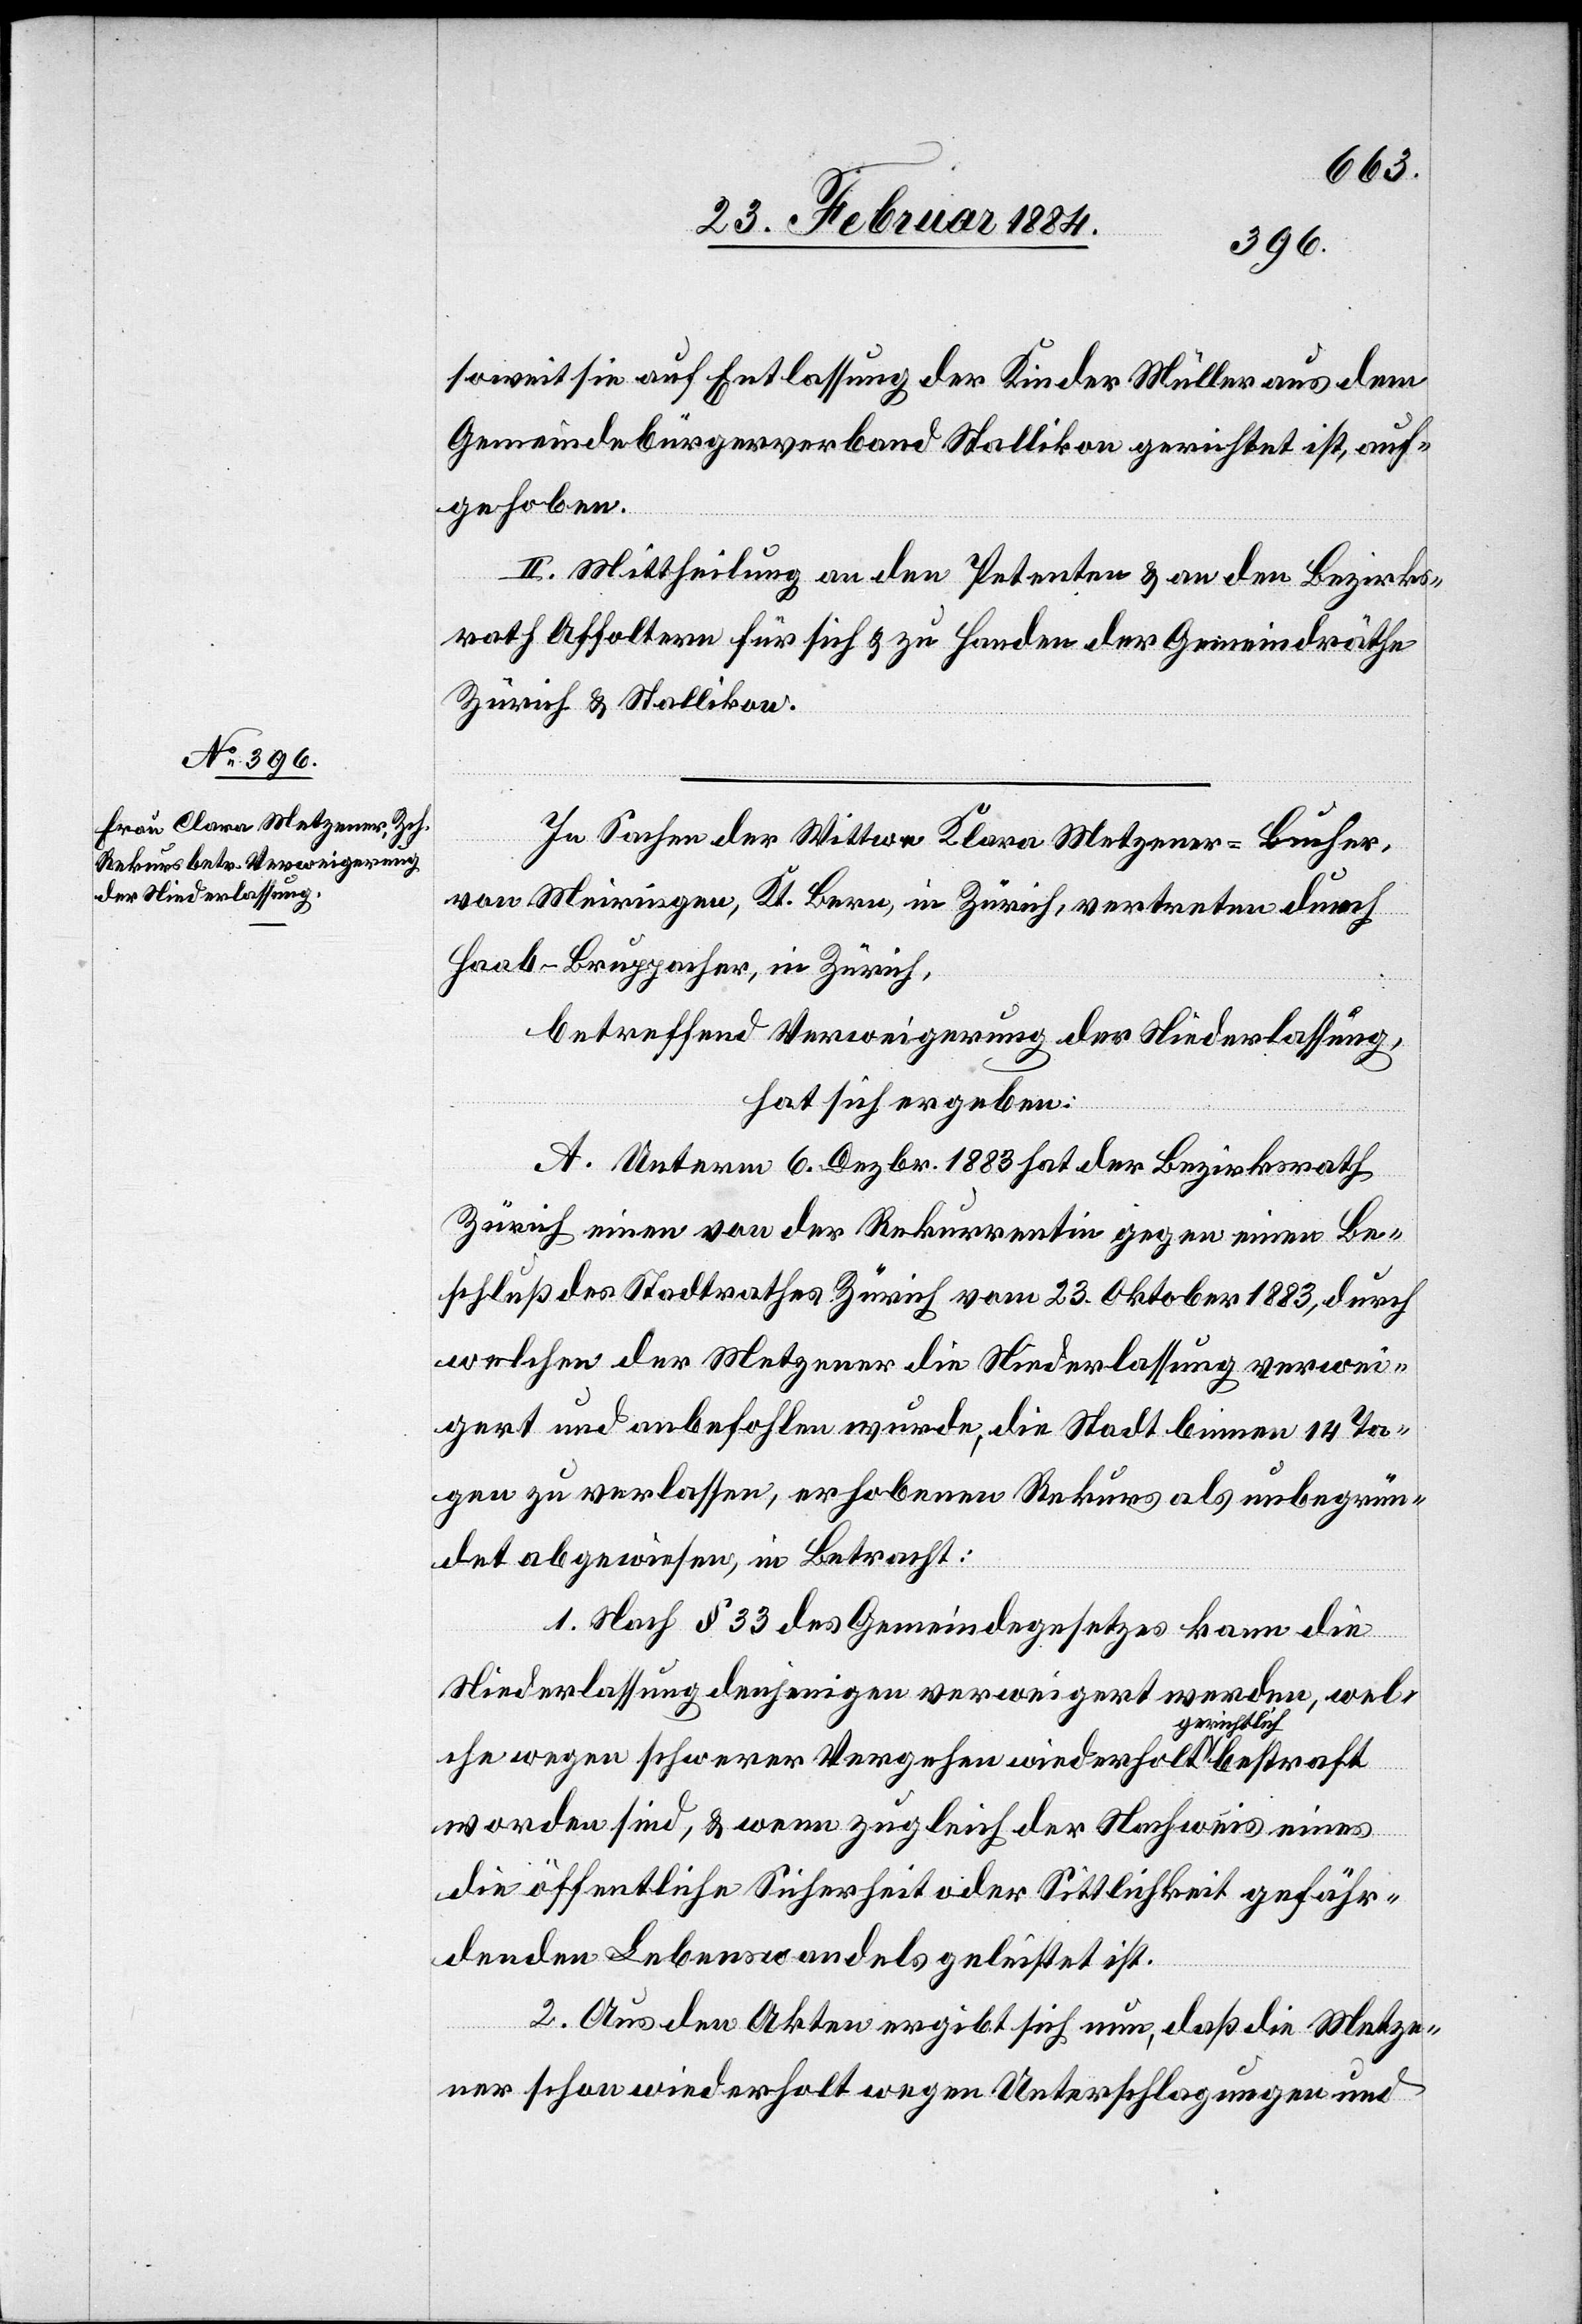
soweit sie auf Entlassung der Kinder Müller aus dem
Gemeindebürgerverband Stallikon gerichtet ist, auf¬
gehoben.
II. Mittheilung an den Petenten & an den Bezirks¬
rath Affoltern für sich & zu Handen der Gemeindräthe
Zürich & Stallikon.
In Sachen der Wittwe Klara [sic!] Metzener-Bucher,
von Meiringen, Kt. Bern, in Zürich, vertreten durch
Haab-Bruppacher, in Zürich,
betreffend Verweigerung der Niederlassung,
hat sich ergeben:
A. Unterm 6. Dezbr. 1883 hat der Bezirksrath
Zürich einen von der Rekurrentin gegen einen Be¬
schluß des Stadtrathes Zürich vom 23. Oktober 1883, durch
welchen der Metzener die Niederlassung verwei¬
gert und anbefohlen wurde, die Stadt binnen 14 Ta¬
gen zu verlassen, erhobenen Rekurs als unbegrün¬
det abgewiesen, in Betracht:
1. Nach § 33 des Gemeindgesetzes kann die
Niederlassung denjenigen verweigert werden, wel¬
che wegen schwerer Vergehen wiederholt gerichtlich
worden sind, & wenn zugleich der Nachweis eines
die öffentliche Sicherheit oder Sittlichkeit gefähr¬
denden Lebenswandels geleistet ist.
2. Aus den Akten ergibt sich nun, daß die Metze¬
ner schon wiederholt wegen Unterschlagungen und